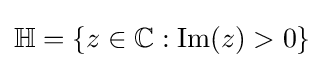
\mathbb {H} =\{z\in \mathbb {C} :\operatorname {Im} (z)>0\}